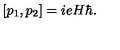
[ p _ { 1 } , p _ { 2 } ] = i e H \hbar .